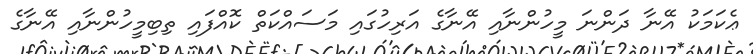
ޢެކަމަކު އޭނާ ދަންނަ މީހުންނާއި އޭނާގެ އަރިހުގައި މަސައްކަތް ކޮއްފައި ތިބިމީހުންނާއި އޭނާގެ